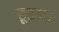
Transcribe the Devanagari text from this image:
हूडजा